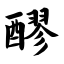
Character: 醪